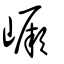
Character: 嶥